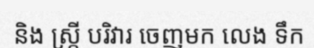
និង ស្ត្រី បរិវារ ចេញមក លេង ទឹក